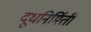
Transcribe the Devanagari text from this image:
दूधनिर्मिती